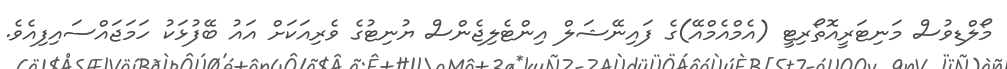
މޯލްޑިވުސް މަނިޓަރީއޮތޯރިޓީ (އެމްއެމްއޭ)ގެ ފައިނޭޝަލް އިންޓެލިޖެންސް ޔުނިޓުގެ ވެރިއަކަށް އައު ބޭފުޅަކު ހަމަޖައްސައިފިއެެވެ.